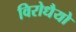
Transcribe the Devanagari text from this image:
विरोधैयो